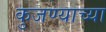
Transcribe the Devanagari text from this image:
कुजण्याच्या